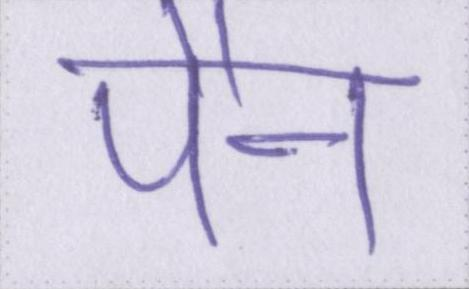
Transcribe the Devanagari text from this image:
पैन